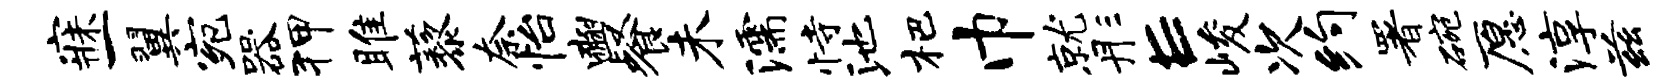
寐一翼宛器狎雎藜奈怡豳餐未濡恃池杷巾就彤E峻次约署碗愿淳兹